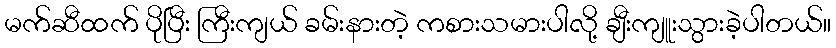
မက်ဆီထက် ပိုပြီး ကြီးကျယ် ခမ်းနားတဲ့ ကစားသမားပါလို့ ချီးကျူးသွားခဲ့ပါတယ်။